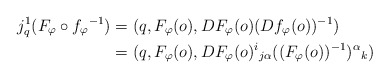
\begin{align*}j^1_q(F_\varphi\circ f_\varphi{}^{-1})&=(q,F_\varphi(o),DF_\varphi(o)(Df_\varphi(o))^{-1})\\*&=(q,F_\varphi(o),DF_\varphi(o)^i{}_{j\alpha}((F_\varphi(o))^{-1})^\alpha{}_k)\end{align*}